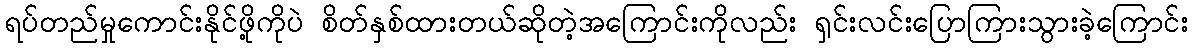
ရပ်တည်မှုကောင်းနိုင်ဖို့ကိုပဲ စိတ်နှစ်ထားတယ်ဆိုတဲ့အကြောင်းကိုလည်း ရှင်းလင်းပြောကြားသွားခဲ့ကြောင်း